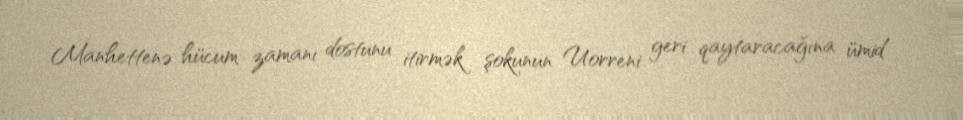
Manhettenə hücum zamanı dostunu itirmək şokunun Uorreni geri qaytaracağına ümid